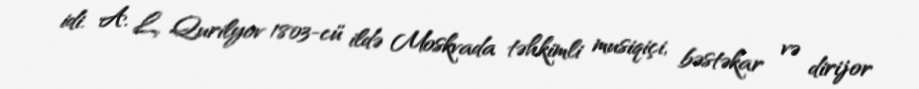
idi. A. L. Qurilyov 1803-cü ildə Moskvada təhkimli musiqiçi, bəstəkar və dirijor